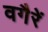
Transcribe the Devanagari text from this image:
वगैरें